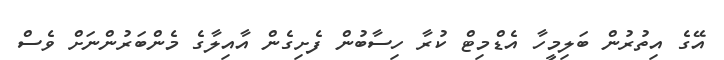
އޭގެ އިތުރުން ބަލިމީހާ އެޑްމިޓް ކުރާ ހިސާބުން ފެށިގެން އާއިލާގެ މެންބަރުންނަށް ވެސް